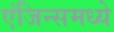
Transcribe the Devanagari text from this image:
एंजिन्समध्ये